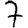
Digit: 7